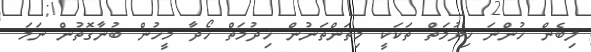
ލިބެން ހުންނަ ޚިދުމަތް ތަކަކީ މިތަންތަނުން ޚިދުމަތް ހޯދާ މީހުން ބުނާގޮތުން ނަމަ